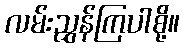
လမ်းညွှန်ကြပါစို့။